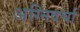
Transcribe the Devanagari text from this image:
अग्निवर्चा